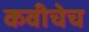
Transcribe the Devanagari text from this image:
कवीचेच